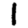
Digit: 1